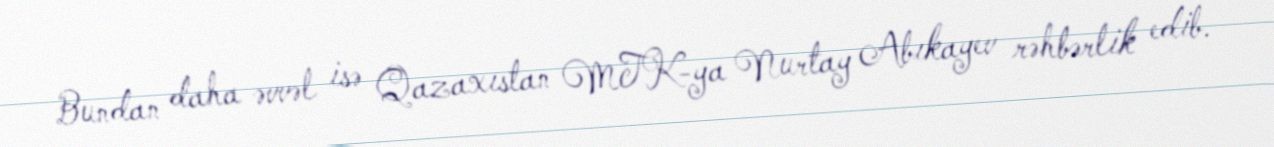
Bundan daha əvvəl isə Qazaxıstan MTK-ya Nurtay Abıkayev rəhbərlik edib.